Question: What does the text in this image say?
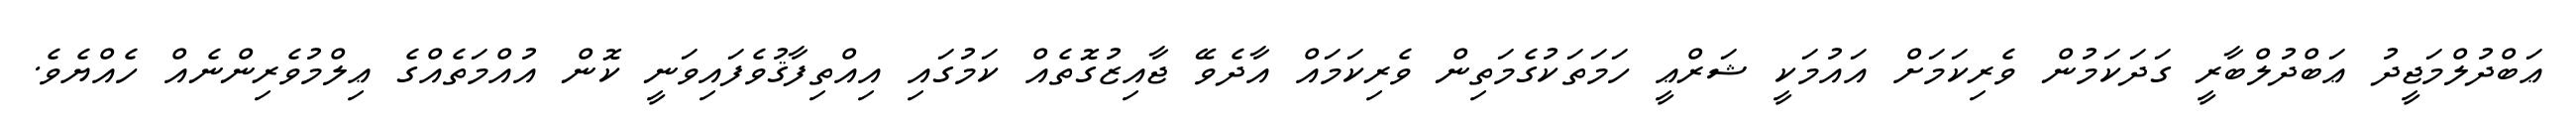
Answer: ޢަބްދުލްމަޖީދު ޢަބްދުލްބާރީ ގަދަކަމުން ވެރިކަމަށް އައުމަކީ ޝަރްޢީ ހަމަތަކުގެމަތިން ވެރިކަމައް އާދެވޭ ޖާއިޒުގޮތެއް ކަމުގައި އިއްތިފާޤުވެފައިވަނީ ކޮން އުއްމަތެއްގެ ޢިލްމުވެރިންނެއް ހެއްޔެވެ.